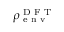
\rho _ { \textrm { e n v } } ^ { \textrm { D F T } }